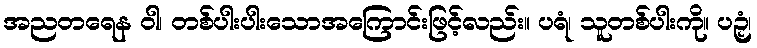
အညတရေန ဝါ၊ တစ်ပါးပါးသောအကြောင်းဖြင့်လည်း။ ပရံ၊ သူတစ်ပါးကို။ ပဉှံ၊